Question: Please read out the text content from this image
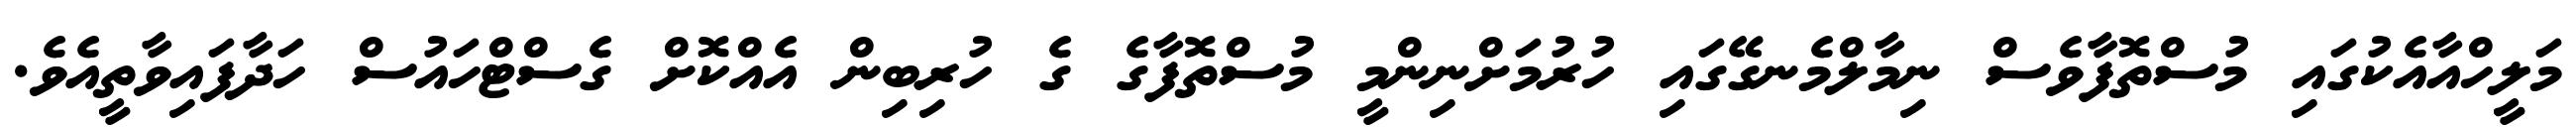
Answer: މަލީހްއާއެކުގައި މުސްތޮފާވެސް ނިމާލްމެނގޭގައި ހުރުމަށްނިންމީ މުސްތޮފާގެ ގެ ހުރިބިން އެއްކޮށް ގެސްޓްހައުސް ހަދާފައިވާތީއެވެ.